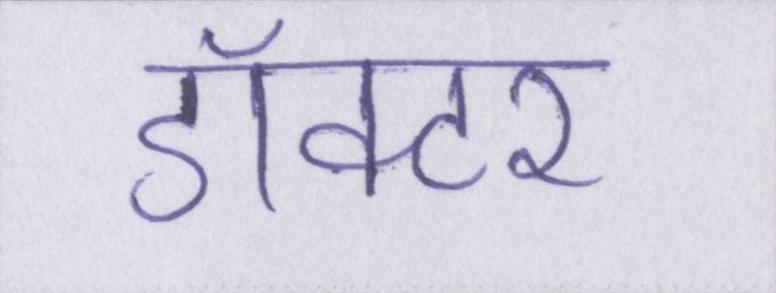
डॉक्टर